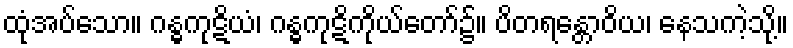
ထုံအပ်သော။ ဂန္ဓကုဋိယံ၊ ဂန္ဓကုဋိကိုယ်တော်၌။ ပိတရန္တောဝိယ၊ နေသကဲ့သို့။